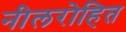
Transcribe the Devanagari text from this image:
नीलरोहित